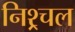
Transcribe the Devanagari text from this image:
निश्र्चल